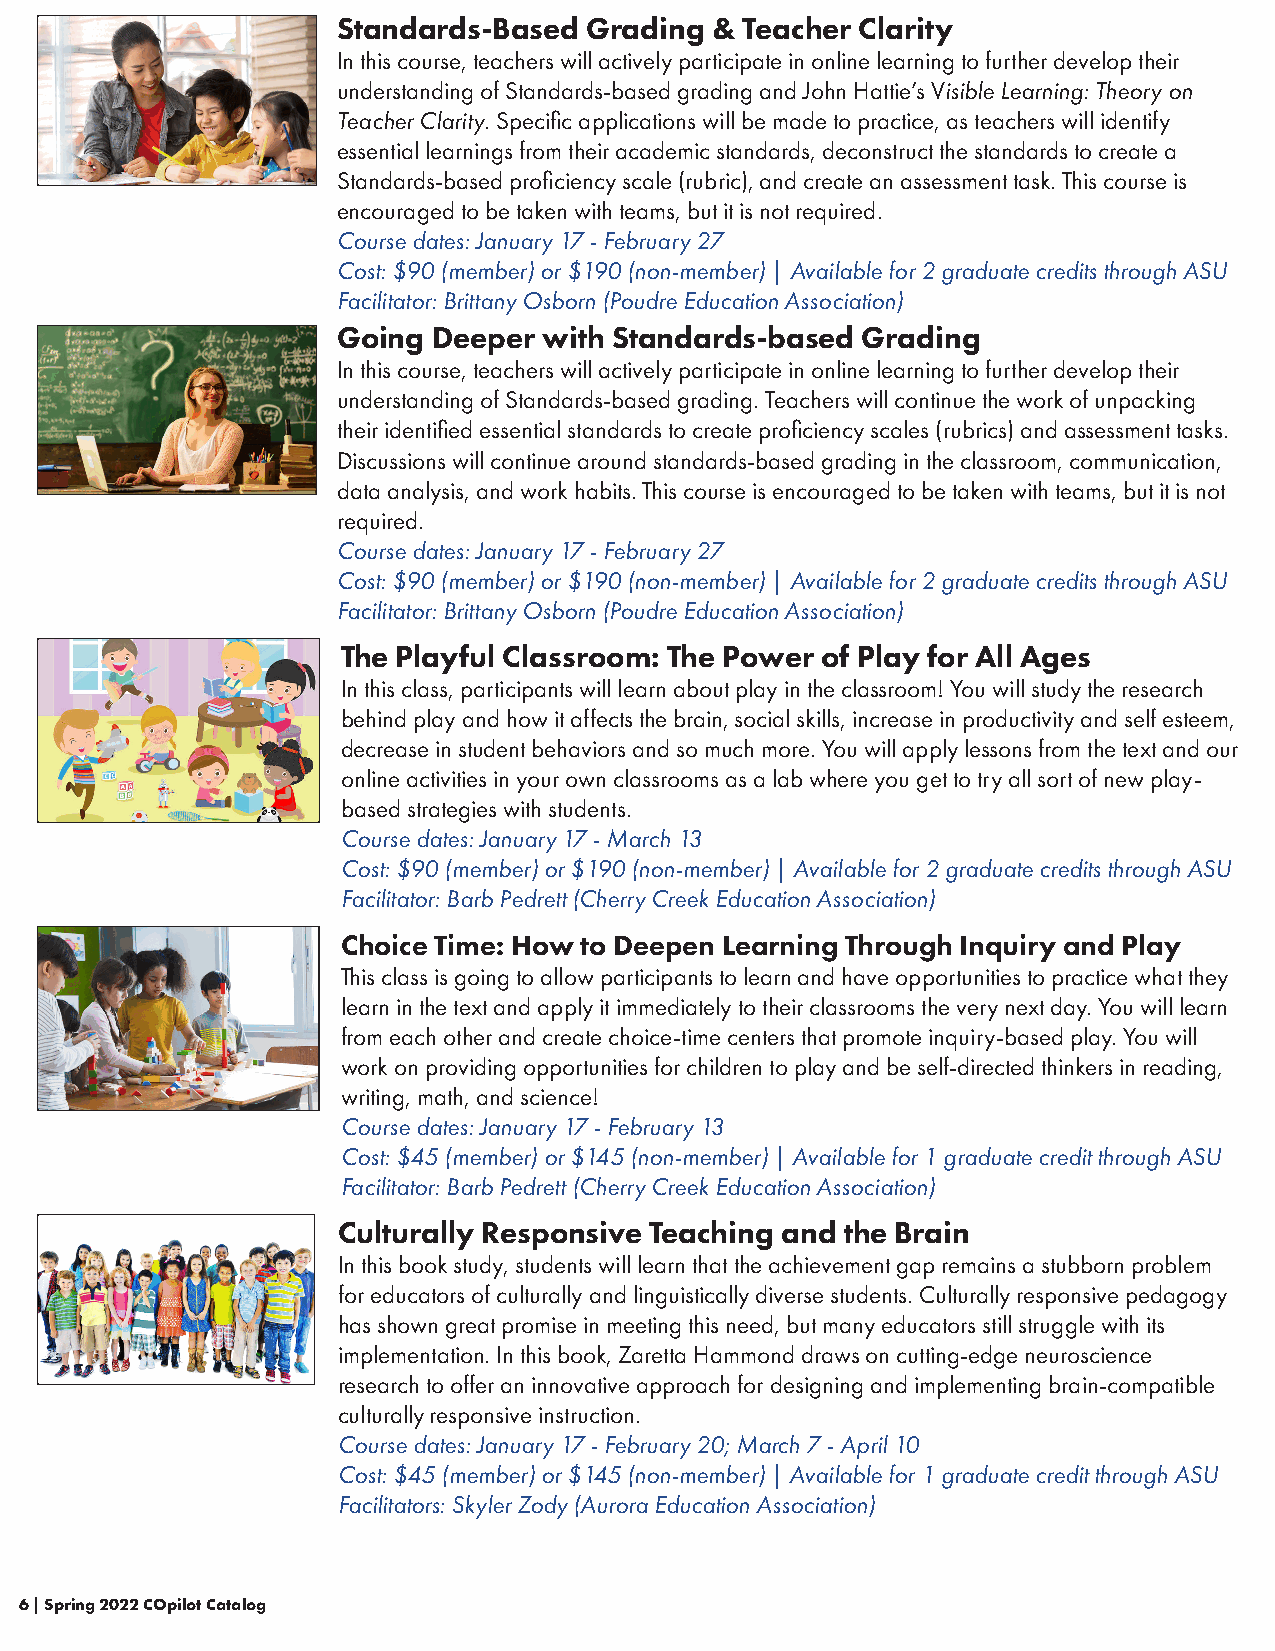
Standards-Based  Grading & Teacher Clarity
 In this course, teachers will actively participate in online learning to further develop their
 understanding of Standards-based grading and John Hattie’s Visible Learning: Theory on
 Teacher Clarity. Specific applications will be made to practice, as teachers will identify
 essential learnings from their academic standards, deconstruct the standards to create a
 Standards-based proficiency scale (rubric), and create an assessment task. This course is
 encouraged to be taken with teams, but it is not required.
 Course dates: January 17 - February 27
 Cost: $90 (member) or $190 (non-member) | Available for 2 graduate credits through ASU
 Facilitator: Brittany Osborn (Poudre Education Association)
 Going  Deeper with Standards-based Grading
 In this course, teachers will actively participate in online learning to further develop their
 understanding of Standards-based grading. Teachers will continue the work of unpacking
 their identified essential standards to create proficiency scales (rubrics) and assessment tasks.
 Discussions will continue around standards-based grading in the classroom, communication,
 data analysis, and work habits. This course is encouraged to be taken with teams, but it is not
 required.
 Course dates: January 17 - February 27
 Cost: $90 (member) or $190 (non-member) | Available for 2 graduate credits through ASU
 Facilitator: Brittany Osborn (Poudre Education Association)
 The Playful Classroom: The Power of Play for All Ages
 In this class, participants will learn about play in the classroom! You will study the research
 behind play and how it affects the brain, social skills, increase in productivity and self esteem,
 decrease in student behaviors and so much more. You will apply lessons from the text and our
 online activities in your own classrooms as a lab where you get to try all sort of new play-
 based strategies with students.
 Course dates: January 17 - March 13
 Cost: $90 (member) or $190 (non-member) | Available for 2 graduate credits through ASU
 Facilitator: Barb Pedrett (Cherry Creek Education Association)
 Choice Time: How to Deepen Learning Through Inquiry and Play
 This class is going to allow participants to learn and have opportunities to practice what they
 learn in the text and apply it immediately to their classrooms the very next day. You will learn
 from each other and create choice-time centers that promote inquiry-based play. You will
 work on providing opportunities for children to play and be self-directed thinkers in reading,
 writing, math, and science!
 Course dates: January 17 - February 13
 Cost: $45 (member) or $145 (non-member) | Available for 1 graduate credit through ASU
 Facilitator: Barb Pedrett (Cherry Creek Education Association)
 Culturally Responsive Teaching and the Brain
 In this book study, students will learn that the achievement gap remains a stubborn problem
 for educators of culturally and linguistically diverse students. Culturally responsive pedagogy
 has shown great promise in meeting this need, but many educators still struggle with its
 implementation. In this book, Zaretta Hammond draws on cutting-edge neuroscience
 research to offer an innovative approach for designing and implementing brain-compatible
 culturally responsive instruction.
 Course dates: January 17 - February 20; March 7 - April 10
 Cost: $45 (member) or $145 (non-member) | Available for 1 graduate credit through ASU
 Facilitators: Skyler Zody (Aurora Education Association)
 6 | Spring 2022 COpilot Catalog